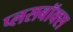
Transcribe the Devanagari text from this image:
प्लसबॉक्स